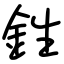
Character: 鉎